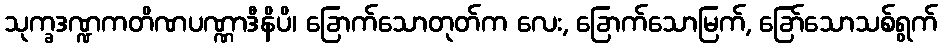
သုက္ခဒဏ္ဍကတိဏပဏ္ဏာဒီနိပိ၊ ခြောက်သောတုတ်က လေး, ခြောက်သောမြက်, ခြော်သောသစ်ရွက်